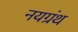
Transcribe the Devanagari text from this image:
नयग्रंथ